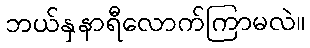
ဘယ်နှနာရီလောက်ကြာမလဲ။